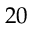
2 0